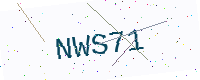
Text: NWS71